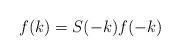
LaTeX: \begin{align*}f(k) = S(-k)f(-k)\end{align*}